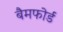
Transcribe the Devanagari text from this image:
बैमफोर्ड